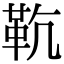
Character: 𩉳